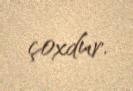
çoxdur.